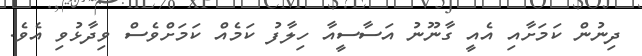
ދިނުން ކަަމަށާއި އެއީ ގާނޫނު އަސާސީއާ ހިލާފު ކަމެއް ކަމަށްވެސް ވިދާޅުވި އެވެ.